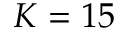
K = 1 5